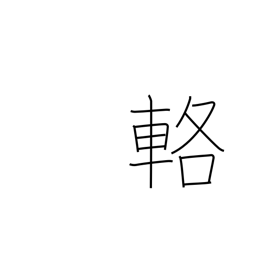
Meaning: carriage